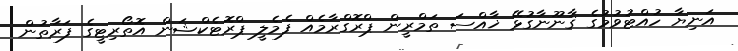
އަނިޔާ ހުއްޓުވުމުގެ ޤާނޫނާގުޅޭ ޚާއްސަ ތަމްރީން ޕްރޮގްރާމެއް ފެމެލީ ޕްރޮޓެކްޝަން އޮތޯރިޓީގެ ފަރާތުން